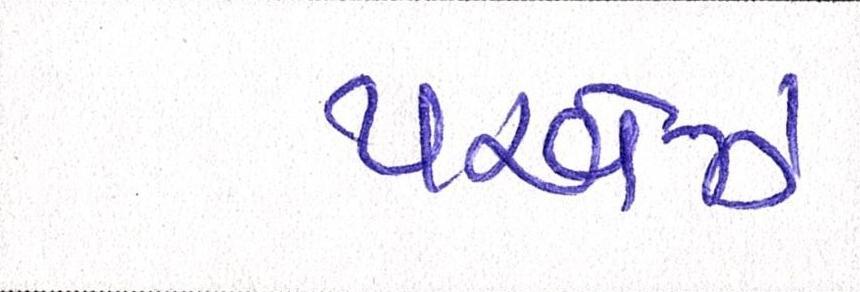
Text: પરવેઝ